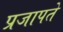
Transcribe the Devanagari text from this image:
प्रजापते